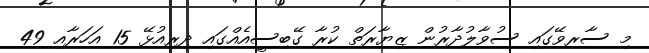
މި ސާރވޭގައި ސުވާލުދާރުން ޒިޔާރަތް ކުރާ ގޭބިސީއެއްގައި ދިރިއުޅޭ 15 އަހަރާއި 49